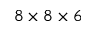
8 \times 8 \times 6